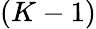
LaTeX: (K-1)